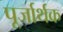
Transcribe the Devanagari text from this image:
पूर्जार्थक